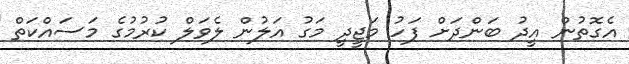
އެގޮތުން އީދު ބަންދަށް ފަހު މަޖީދީ މަގު އަލުން ލެވަލް ކުރުމުގެ މަސައްކަތް